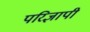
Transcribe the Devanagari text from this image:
परिज्ञापी